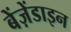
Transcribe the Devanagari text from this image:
बेंज़ेंडाइन